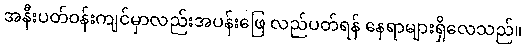
အနီးပတ်ဝန်းကျင်မှာလည်းအပန်းဖြေ လည်ပတ်ရန် နေရာများရှိလေသည်။